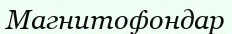
Магнитофондар